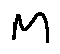
M